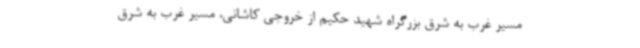
مسیر غرب به شرق بزرگراه شهید حکیم از خروجی کاشانی، مسیر غرب به شرق